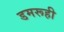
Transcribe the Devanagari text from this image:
डमरूही